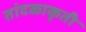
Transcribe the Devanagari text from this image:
तांदळाकृती